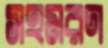
সহমরণ